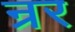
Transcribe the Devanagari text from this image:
न्रर